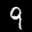
Label: 9